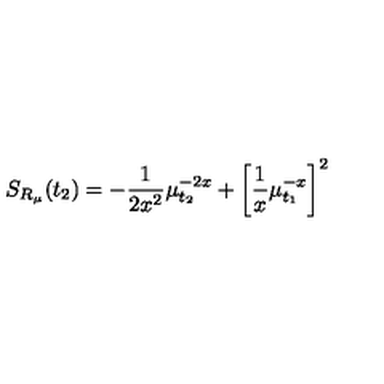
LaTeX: S _ { R _ { \mu } } ( t _ { 2 } ) = - \frac { 1 } { 2 x ^ { 2 } } \mu _ { t _ { 2 } } ^ { - 2 x } + \left[ \frac { 1 } { x } \mu _ { t _ { 1 } } ^ { - x } \right] ^ { 2 }